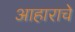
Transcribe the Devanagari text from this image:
आहाराचे